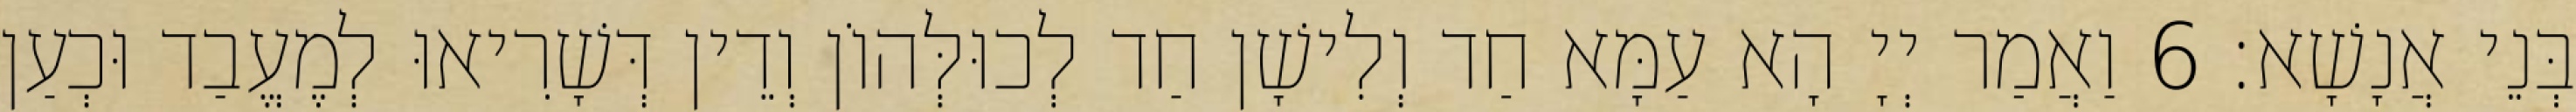
בְּנֵי אֲנָשָׁא׃ 6 וַאֲמַר יְיָ הָא עַמָּא חַד וְלִישָׁן חַד לְכוּלְּהוֹן וְדֵין דְּשָׁרִיאוּ לְמֶעֱבַד וּכְעַן